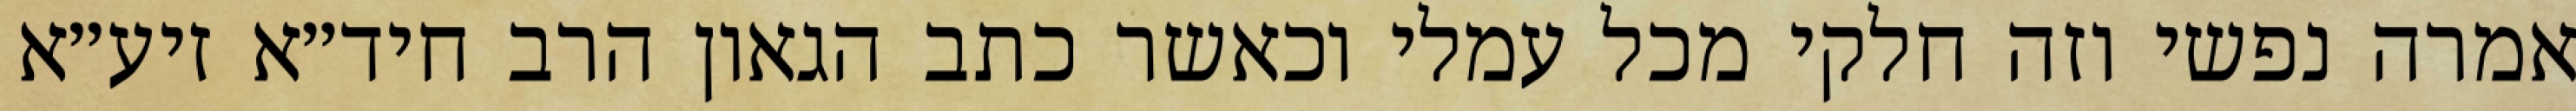
אמרה נפשי וזה חלקי מכל עמלי וכאשר כתב הגאון הרב חיד״א זיע״א